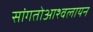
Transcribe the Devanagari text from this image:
सांगतोआश्वलायन